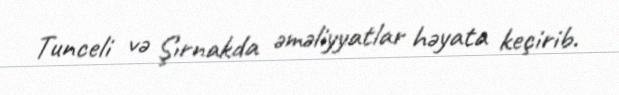
Tunceli və Şırnakda əməliyyatlar həyata keçirib.